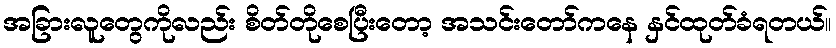
အခြားလူတွေကိုလည်း စိတ်တိုစေပြီးတော့ အသင်းတော်ကနေ နှင်ထုတ်ခံရတယ်။